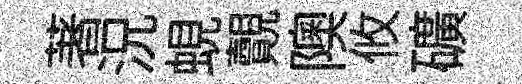
著況蜆覿隩攸礦